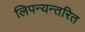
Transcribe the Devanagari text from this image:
लिपन्यन्तरित